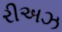
રીઅઝ